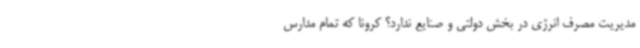
مدیریت مصرف انرژی در بخش دولتی و صنایع ندارد؟ کرونا که تمام مدارس